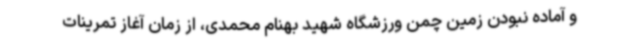
و آماده نبودن زمین چمن ورزشگاه شهید بهنام محمدی، از زمان آغاز تمرینات